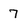
Character: 7